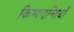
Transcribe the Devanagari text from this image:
किम्वदन्तियों